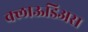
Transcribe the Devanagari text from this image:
क्लाऊडिअस